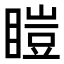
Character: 䁗